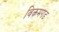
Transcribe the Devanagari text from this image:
विक़मगड